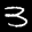
Label: 3